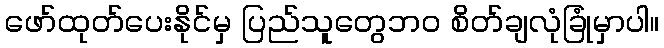
ဖော်ထုတ်ပေးနိုင်မှ ပြည်သူတွေဘဝ စိတ်ချလုံခြုံမှာပါ။